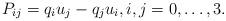
LaTeX: \begin{align*}P_{ij}=q_iu_j-q_ju_i,i,j=0,\ldots,3.\end{align*}